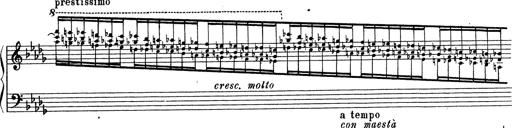
Title: Grosses Konzertsolo
Composer: Franz Liszt